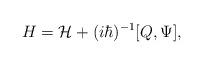
LaTeX: \begin{align*}H={\cal H}+(i\hbar)^{-1}[Q,\Psi],\end{align*}